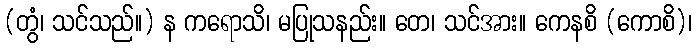
(တွံ၊ သင်သည်။) န ကရောသိ၊ မပြုသနည်း။ တေ၊ သင်အား။ ကေနစိ (ကောစိ)၊